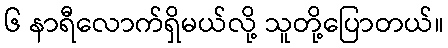
၆ နာရီလောက်ရှိမယ်လို့ သူတို့ပြောတယ်။